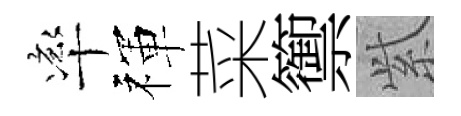
率禈菜籞𬗋